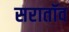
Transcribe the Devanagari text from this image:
सरातॉव